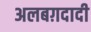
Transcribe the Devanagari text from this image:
अलबग़दादी